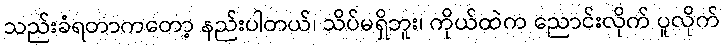
သည်းခံရတာကတော့ နည်းပါတယ်၊ သိပ်မရှိဘူး၊ ကိုယ်ထဲက ညောင်းလိုက် ပူလိုက်